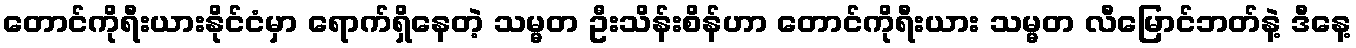
တောင်ကိုရီးယားနိုင်ငံမှာ ရောက်ရှိနေတဲ့ သမ္မတ ဦးသိန်းစိန်ဟာ တောင်ကိုရီးယား သမ္မတ လီမြောင်ဘတ်နဲ့ ဒီနေ့